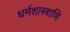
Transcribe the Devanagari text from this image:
धर्मशास्त्राणि